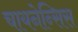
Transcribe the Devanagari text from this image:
चायनेन्सिस